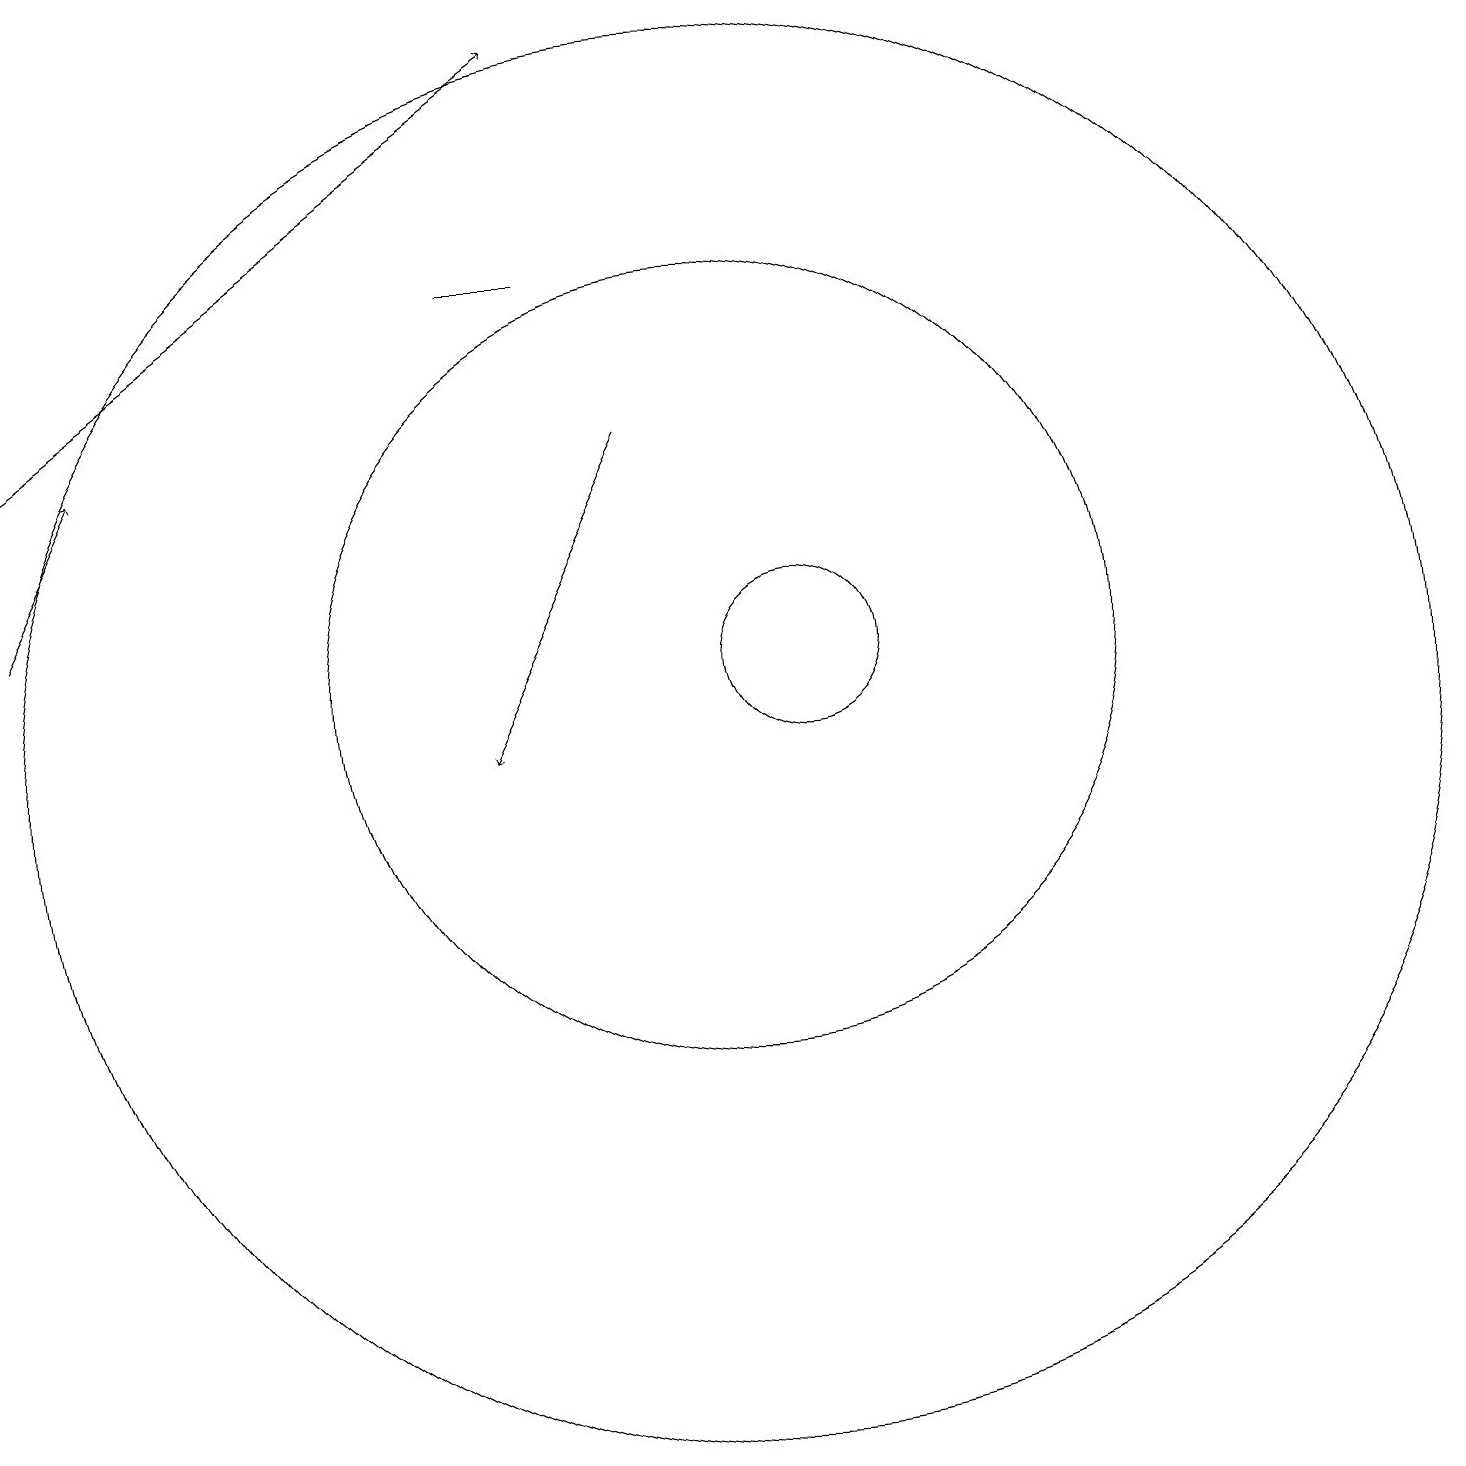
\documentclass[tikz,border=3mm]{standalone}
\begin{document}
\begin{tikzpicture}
\draw[->] (1,14) -- (8,19);
\draw (8,16) rectangle (7,16);
\draw[->] (1,12) -- (2,14);
\draw (10,11) circle (5);
\draw (11,11) circle (1);
\draw[->] (9,14) -- (7,10);
\draw (10,10) circle (9);
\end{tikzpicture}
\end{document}